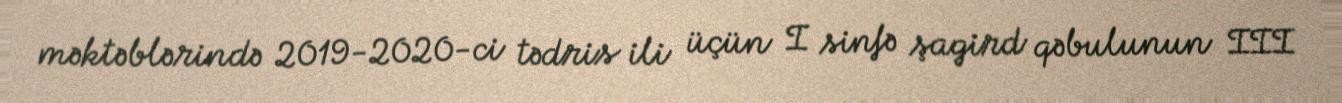
məktəblərində 2019-2020-ci tədris ili üçün I sinfə şagird qəbulunun III